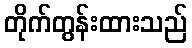
တိုက်တွန်းထားသည်